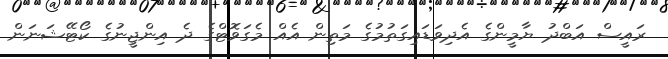
ރައީސް އަބްދު ޔާމީންގެ އެދިވަޑައިގަތުމުގެ މަތިން އެއް މެގަވޮޓްގެ ދެ އިންޖީނުގެ ކޯޓޭޝަނަން